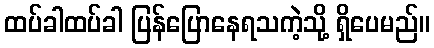
ထပ်ခါထပ်ခါ ပြန်ပြောနေရသကဲ့သို့ ရှိပေမည်။